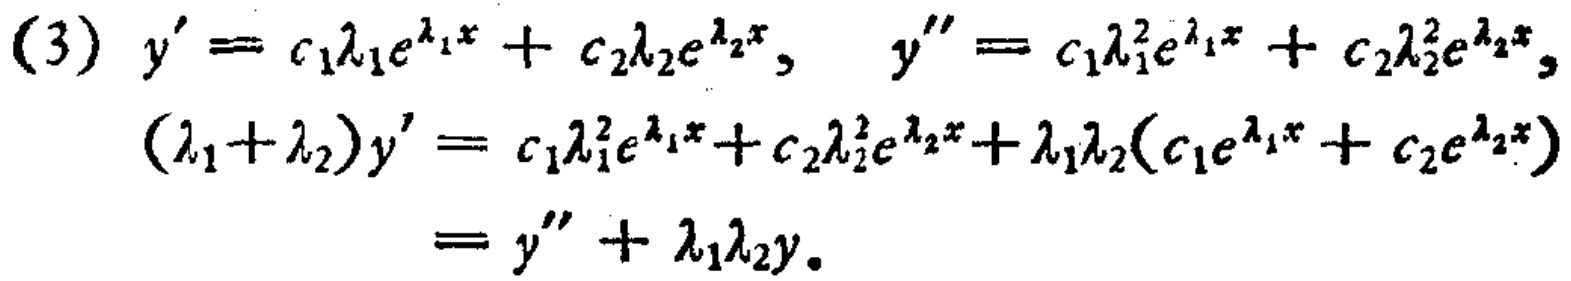
(3) \(y^{\prime}=c_{1}\lambda_{1}e^{\lambda_{1}x}+c_{2}\lambda_{2}e^{\lambda_{2}x},\quad y^{\prime\prime}=c_{1}\lambda_{1}^{2}e^{\lambda_{1}x}+c_{2}\lambda_{2}^{2}e^{\lambda_{2}x},\)
\((\lambda_{1}+\lambda_{2})y^{\prime}=c_{1}\lambda_{1}^{2}e^{\lambda_{1}x}+c_{2}\lambda_{2}^{2}e^{\lambda_{2}x}+\lambda_{1}\lambda_{2}(c_{1}e^{\lambda_{1}x}+c_{2}e^{\lambda_{2}x})\)
\(=y^{\prime\prime}+\lambda_{1}\lambda_{2}y.\)